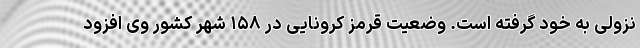
نزولی به خود گرفته است. وضعیت قرمز کرونایی در ۱۵۸ شهر کشور وی افزود